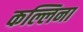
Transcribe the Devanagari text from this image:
कल्लिना